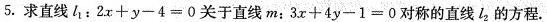
5.求直线l1：2x + y-4=0关于直线m；3x + 4y - 1=0对称的直线l2的方程。